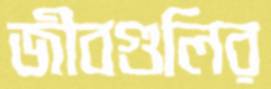
জীবগুলির